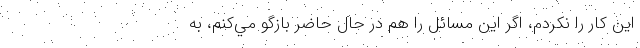
اين كار را نكردم، اگر اين مسائل را هم در حال حاضر بازگو مي‌كنم، به